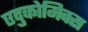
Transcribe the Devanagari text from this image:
एदुकोमिक्स